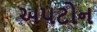
અપટોન